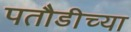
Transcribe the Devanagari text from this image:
पतौडीच्या